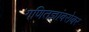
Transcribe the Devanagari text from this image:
गणितज्ञांबरोबर